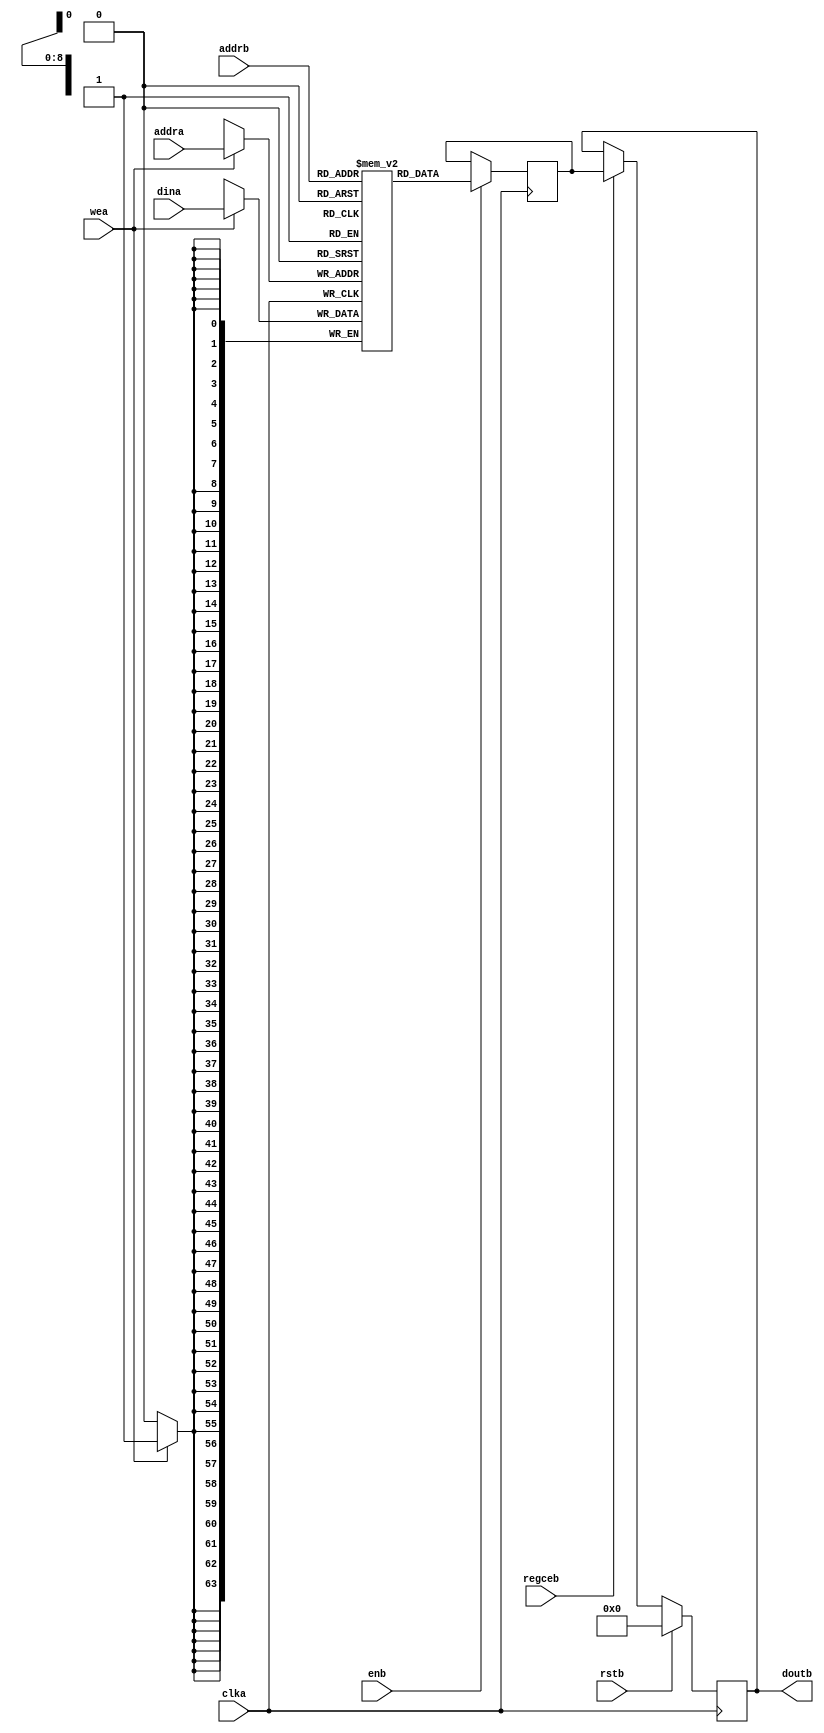

//  Xilinx Simple Dual Port Single Clock RAM
//  This code implements a parameterizable SDP single clock memory.
//  If a reset or enable is not necessary, it may be tied off or removed from the code.

module ram #(
  parameter RAM_WIDTH = 64,                       // Specify RAM data width
  parameter RAM_DEPTH = 512,                      // Specify RAM depth (number of entries)
  parameter RAM_PERFORMANCE = "HIGH_PERFORMANCE", // Select "HIGH_PERFORMANCE" or "LOW_LATENCY" 
  parameter INIT_FILE = ""                        // Specify name/location of RAM initialization file if using one (leave blank if not)
) (
  input [clogb2(RAM_DEPTH-1)-1:0] addra, // Write address bus, width determined from RAM_DEPTH
  input [clogb2(RAM_DEPTH-1)-1:0] addrb, // Read address bus, width determined from RAM_DEPTH
  input [RAM_WIDTH-1:0] dina,          // RAM input data
  input clka,                          // Clock
  input wea,                           // Write enable
  input enb,                           // Read Enable, for additional power savings, disable when not in use
  input rstb,                          // Output reset (does not affect memory contents)
  input regceb,                        // Output register enable
  output [RAM_WIDTH-1:0] doutb         // RAM output data
);

  reg [RAM_WIDTH-1:0] BRAM [RAM_DEPTH-1:0];
  reg [RAM_WIDTH-1:0] ram_data = {RAM_WIDTH{1'b0}};

  // The following code either initializes the memory values to a specified file or to all zeros to match hardware
  generate
    if (INIT_FILE != "") begin: use_init_file
      initial
        $readmemh(INIT_FILE, BRAM);
    end else begin: init_bram_to_zero
      integer ram_index;
      initial
        for (ram_index = 0; ram_index < RAM_DEPTH; ram_index = ram_index + 1)
          BRAM[ram_index] = {RAM_WIDTH{1'b0}};
    end
  endgenerate

  always @(posedge clka) begin
    if (wea)
      BRAM[addra] <= dina;
    if (enb)
      ram_data <= BRAM[addrb];
  end

  //  The following code generates HIGH_PERFORMANCE (use output register) or LOW_LATENCY (no output register)
  generate
    if (RAM_PERFORMANCE == "LOW_LATENCY") begin: no_output_register

      // The following is a 1 clock cycle read latency at the cost of a longer clock-to-out timing
       assign doutb = ram_data;

    end else begin: output_register

      // The following is a 2 clock cycle read latency with improve clock-to-out timing

      reg [RAM_WIDTH-1:0] doutb_reg = {RAM_WIDTH{1'b0}};

      always @(posedge clka)
        if (rstb)
          doutb_reg <= {RAM_WIDTH{1'b0}};
        else if (regceb)
          doutb_reg <= ram_data;

      assign doutb = doutb_reg;

    end
  endgenerate

  //  The following function calculates the address width based on specified RAM depth
  function integer clogb2;
    input integer depth;
      for (clogb2=0; depth>0; clogb2=clogb2+1)
        depth = depth >> 1;
  endfunction

endmodule